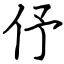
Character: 伃